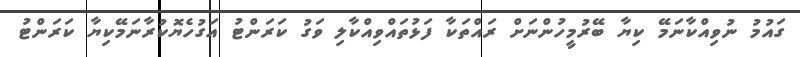
ގައުމު ނުވިއްކާނަމޭ ކިޔާ ބޭރުމީހުންނަށް ރައްތަކާ ފަޅުތައްވިއްކާލި ވަގު ކަރަންޓު އަގުހެޔޮކުރާނަމޭކިޔާ ކަރަންޓު